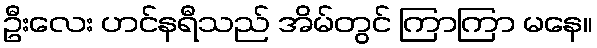
ဦးလေး ဟင်နရီသည် အိမ်တွင် ကြာကြာ မနေ။